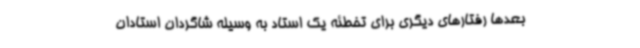
بعدها رفتارهای دیگری برای تخطئه یک استاد به وسیله شاگردان استادان